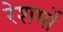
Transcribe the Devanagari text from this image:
रेशमों